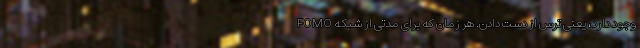
FOMO وجود دارد، یعنی ترس از دست دادن. هر زمان که برای مدتی از شبکه